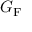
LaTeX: G _ { \mathrm { { F } } }